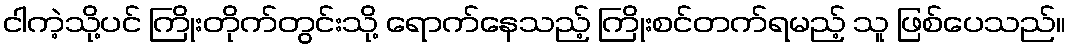
ငါကဲ့သို့ပင် ကြိုးတိုက်တွင်းသို့ ရောက်နေသည့် ကြိုးစင်တက်ရမည့် သူ ဖြစ်ပေသည်။